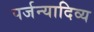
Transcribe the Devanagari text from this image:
पर्जन्यादिव्य